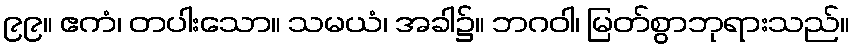
၉၉။ ဧကံ၊ တပါးသော။ သမယံ၊ အခါ၌။ ဘဂဝါ၊ မြတ်စွာဘုရားသည်။